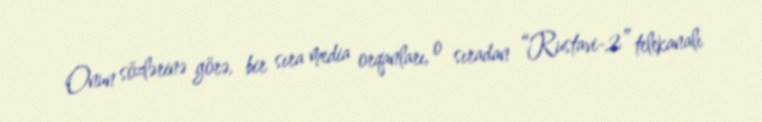
Onun sözlərinə görə, bir sıra media orqanları, o sıradan “Rustavi-2” telekanalı